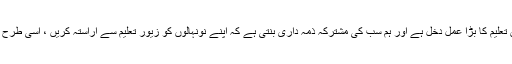
11 مئی2018ء) ڈسٹرکٹ ایجوکیشن آفیسرمردان اعجاز علی نے کہا ہے کہ قوموں کی ترقی میں تعلیم کا بڑا عمل دخل ہے اور ہم سب کی مشترکہ ذمہ داری بنتی ہے کہ اپنے نونہالوں کو زیور تعلیم سے آراستہ کریں ، اسی طرح یتمیوں کے سروں پر شفقت کا ہاتھ رکھیں تاکہ ان کو بھی معاشرے کا مفید شہری بنایا جاسکے ۔